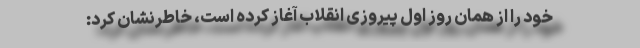
خود را از همان روز اول پیروزی انقلاب آغاز کرده است، خاطرنشان کرد: